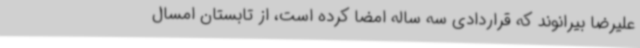
علیرضا بیرانوند که قراردادی سه ساله امضا کرده است، از تابستان امسال